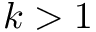
k > 1